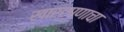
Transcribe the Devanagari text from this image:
खारटपणाचा